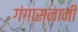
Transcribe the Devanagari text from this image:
गंगास्नानी